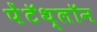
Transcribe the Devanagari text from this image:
पेंटॅथ्लॉन